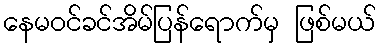
နေမဝင်ခင်အိမ်ပြန်ရောက်မှ ဖြစ်မယ်